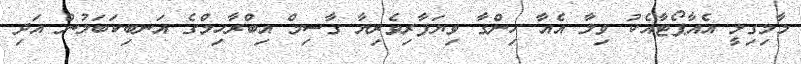
މާމިގިލީ އެއާޕޯޓާއެކު ވިލާ އެއާ ހިންގާ ވިޔަފާރިވެރިޔާ ގާސިމް އިބްރާހިމްގެ އަނބިކަބަލުން އަދި